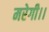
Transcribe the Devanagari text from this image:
मरेगी।।